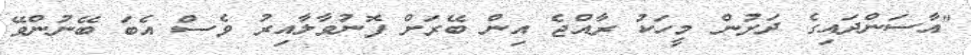
"އާސަންދައިގެ ދަށުން މީހަކު ރާއްޖެ އިން ބޭރަށް ފޮނުވާލާއިރު ވެސް އެބަ ބޭނުންވޭ